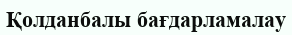
Қолданбалы бағдарламалау